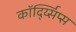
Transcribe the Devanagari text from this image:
कॉर्द्य्सिप्स